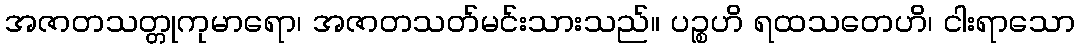
အဇာတသတ္တုကုမာရော၊ အဇာတသတ်မင်းသားသည်။ ပဉ္စဟိ ရထသတေဟိ၊ ငါးရာသော